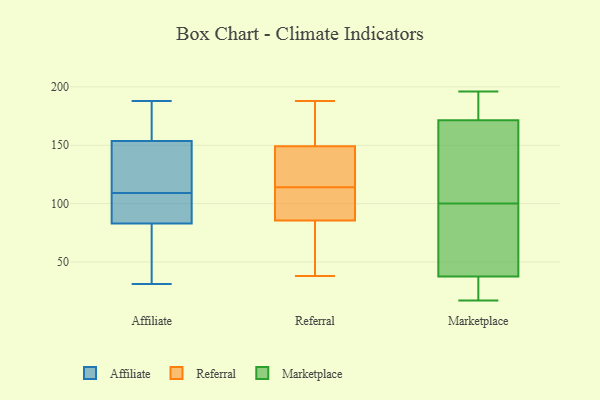
{"axis": {"x": "Bounce Rate (%)", "y": "Value"}, "legend": ["Affiliate", "Marketplace", "Referral"], "data": [{"x": "", "y": 130, "type": "Affiliate"}, {"x": "", "y": 48, "type": "Affiliate"}, {"x": "", "y": 173, "type": "Affiliate"}, {"x": "", "y": 174, "type": "Affiliate"}, {"x": "", "y": 154, "type": "Affiliate"}, {"x": "", "y": 152, "type": "Affiliate"}, {"x": "", "y": 31, "type": "Affiliate"}, {"x": "", "y": 153, "type": "Affiliate"}, {"x": "", "y": 36, "type": "Affiliate"}, {"x": "", "y": 188, "type": "Affiliate"}, {"x": "", "y": 187, "type": "Affiliate"}, {"x": "", "y": 101, "type": "Affiliate"}, {"x": "", "y": 86, "type": "Affiliate"}, {"x": "", "y": 109, "type": "Affiliate"}, {"x": "", "y": 91, "type": "Affiliate"}, {"x": "", "y": 57, "type": "Affiliate"}, {"x": "", "y": 97, "type": "Affiliate"}, {"x": "", "y": 82, "type": "Affiliate"}, {"x": "", "y": 151, "type": "Affiliate"}, {"x": "", "y": 38, "type": "Referral"}, {"x": "", "y": 136, "type": "Referral"}, {"x": "", "y": 176, "type": "Referral"}, {"x": "", "y": 188, "type": "Referral"}, {"x": "", "y": 102, "type": "Referral"}, {"x": "", "y": 110, "type": "Referral"}, {"x": "", "y": 114, "type": "Referral"}, {"x": "", "y": 70, "type": "Referral"}, {"x": "", "y": 104, "type": "Referral"}, {"x": "", "y": 81, "type": "Referral"}, {"x": "", "y": 80, "type": "Referral"}, {"x": "", "y": 174, "type": "Referral"}, {"x": "", "y": 87, "type": "Referral"}, {"x": "", "y": 124, "type": "Referral"}, {"x": "", "y": 141, "type": "Referral"}, {"x": "", "y": 183, "type": "Referral"}, {"x": "", "y": 119, "type": "Referral"}, {"x": "", "y": 189, "type": "Marketplace"}, {"x": "", "y": 17, "type": "Marketplace"}, {"x": "", "y": 171, "type": "Marketplace"}, {"x": "", "y": 177, "type": "Marketplace"}, {"x": "", "y": 48, "type": "Marketplace"}, {"x": "", "y": 23, "type": "Marketplace"}, {"x": "", "y": 44, "type": "Marketplace"}, {"x": "", "y": 196, "type": "Marketplace"}, {"x": "", "y": 172, "type": "Marketplace"}, {"x": "", "y": 101, "type": "Marketplace"}, {"x": "", "y": 105, "type": "Marketplace"}, {"x": "", "y": 31, "type": "Marketplace"}, {"x": "", "y": 99, "type": "Marketplace"}, {"x": "", "y": 102, "type": "Marketplace"}, {"x": "", "y": 74, "type": "Marketplace"}, {"x": "", "y": 25, "type": "Marketplace"}]}